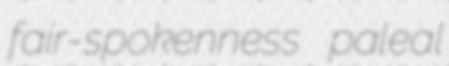
fair-spokenness paleal